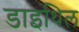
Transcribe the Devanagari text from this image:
डाइथिल